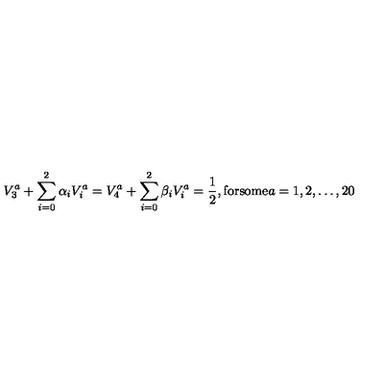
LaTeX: V _ { 3 } ^ { a } + \sum _ { i = 0 } ^ { 2 } \alpha _ { i } V _ { i } ^ { a } = V _ { 4 } ^ { a } + \sum _ { i = 0 } ^ { 2 } \beta _ { i } V _ { i } ^ { a } = { \frac { 1 } { 2 } } , { \mathrm { f o r s o m e } } a = 1 , 2 , \dots , 2 0